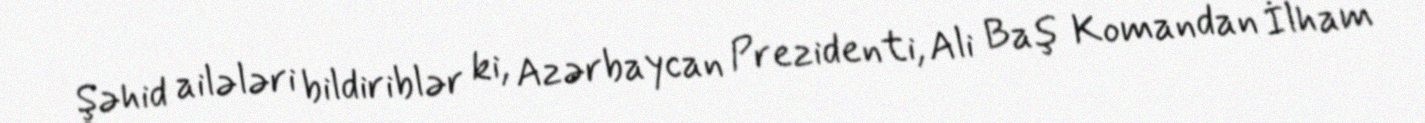
Şəhid ailələri bildiriblər ki, Azərbaycan Prezidenti, Ali Baş Komandan İlham